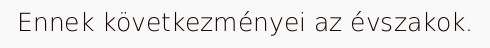
Ennek következményei az évszakok.